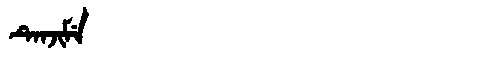
Manchu: ᡨᡝᠨᠵᡳᠮᡝ
Romanization: TENJIME